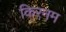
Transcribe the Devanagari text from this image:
किरनम